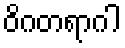
ဝိဂတရာဂါ